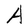
Character: A